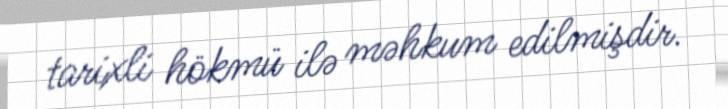
tarixli hökmü ilə məhkum edilmişdir.